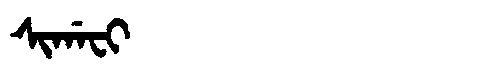
Manchu: ᠰᡳᡤᠠᠸᡳ
Romanization: SIGAFI